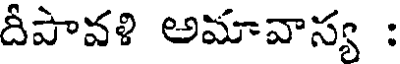
దీపావళి అమావాస్య :